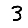
Digit: 3